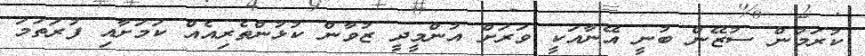
ކުރަމުން ސުޒޭން ބުނީ އޭނާއަކީ ވަރަށް އުންމީދީ ޒުވާން ކުޅުންތެރިއެއް ކަމަށާއި ފުރަތަމަ